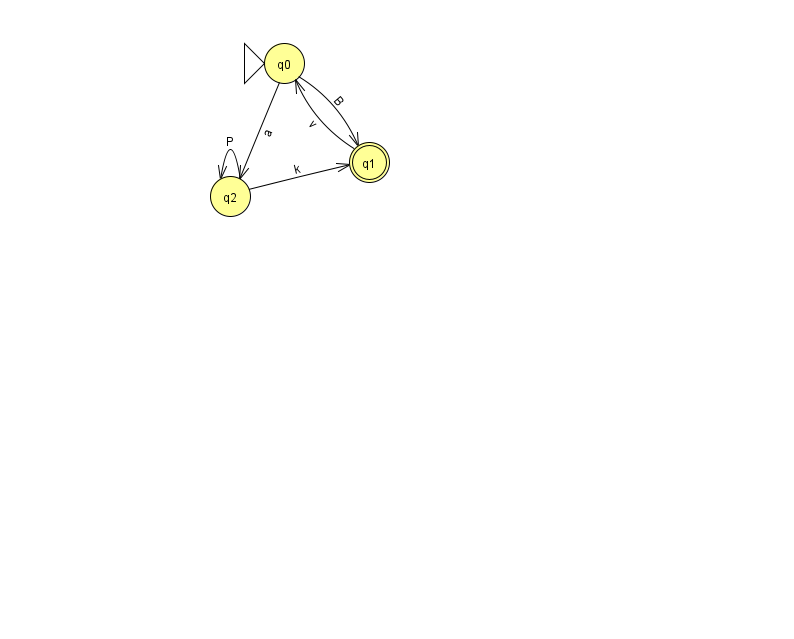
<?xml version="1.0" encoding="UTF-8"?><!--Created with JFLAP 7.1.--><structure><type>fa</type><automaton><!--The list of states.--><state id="0" name="q0"><x>284.0</x><y>50.0</y><initial/></state><state id="1" name="q1"><x>369.0</x><y>149.0</y><final/></state><state id="2" name="q2"><x>230.0</x><y>183.0</y></state><!--The list of transitions.--><transition><from>2</from><to>2</to><read>P</read></transition><transition><from>0</from><to>2</to><read>a</read></transition><transition><from>1</from><to>0</to><read>v</read></transition><transition><from>0</from><to>1</to><read>B</read></transition><transition><from>2</from><to>1</to><read>k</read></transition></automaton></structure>